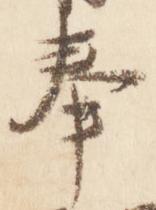
奉